Physiological action of certain drugs in tablet form - Number 52A
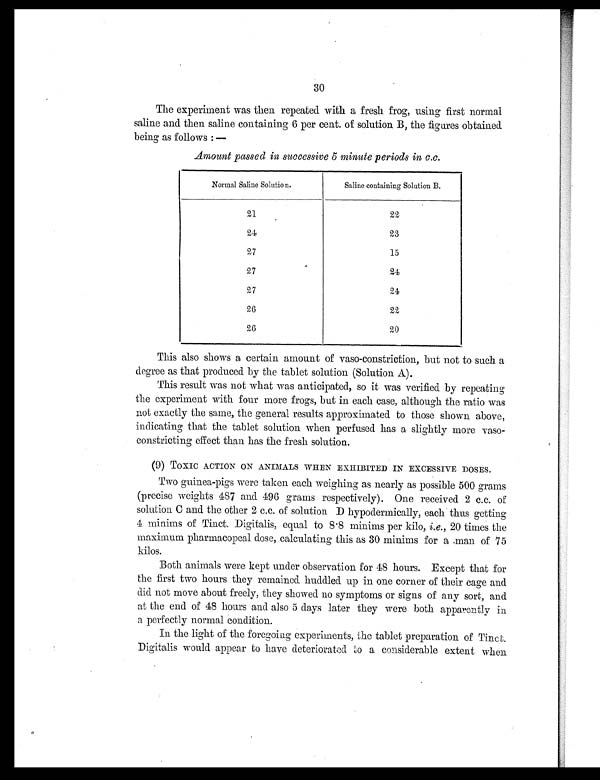
30
The experiment was then repeated with a fresh frog, using first normal
saline and then saline containing 6 per cent. of solution B, the figures obtained
being as follows :—
Amount passed in successive 5 minute periods in c.c.
Normal Saline Solution.
Saline containing Solution B.
21
22
24
23
27
15
27
24
27
24
26
22
26
20
This also shows a certain amount of vaso-constriction, but not to such a
degree as that produced by the tablet solution (Solution A).
This result was not what was anticipated, so it was verified by repeating
the experiment with four more frogs, but in each case, although the ratio was
not exactly the same, the general results approximated to those shown above,
indicating that the tablet solution when perfused has a slightly more vaso
- c o n s t r i c t i n g e f f e c t t h a n h a s t h e f r e s h s o l u t i o n .
(9) Toxic ACTION ON ANIMALS WHEN EXHIBITED IN EXCESSIVE DOSES.
Two guinea-pigs were taken each weighing as nearly as possible 500 grams
(precise weights 487 and 496 grams respectively). One received 2 c.c. of
solution C and the other 2 c.c. of solution D hypodermically, each thus getting
4 minims of Tinct. Digitalis, equal to 8 . 8 minims per kilo, i.e., 20 times the
maximum pharmacopeal dose, calculating this as 30 minims for a .man of 75
kilos.
Both animals were kept under observation for 48 hours. Except that for
the first two hours they remained huddled up in one corner of their cage and
did not move about freely, they showed no symptoms or signs of any sort, and
at the end of 48 hours and also 5 clays later they were both apparently
a perfectly normal condition.
In the light of the foregoing experiments, the tablet preparation of Tinct.
Digitalis would appear to have deteriorated a considerable extent when